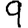
Digit: 9